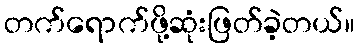
တက်ရောက်ဖို့ဆုံးဖြတ်ခဲ့တယ်။